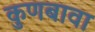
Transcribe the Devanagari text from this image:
कुणबावा